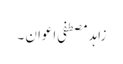
زاہد مصطفی اعوان ۔